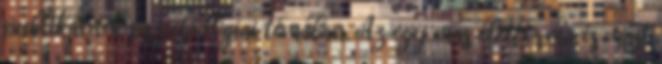
publikálnék pszichológiai témában. Az egy más életforma és mást